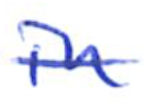
Text: in
Cross-out: single-line
Writing tool: ballpoint